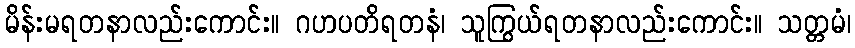
မိန်းမရတနာလည်းကောင်း။ ဂဟပတိရတနံ၊ သူကြွယ်ရတနာလည်းကောင်း။ သတ္တမံ၊